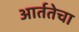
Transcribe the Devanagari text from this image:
आर्ततेचा